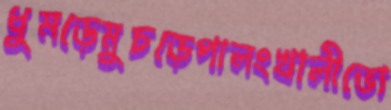
ধুমড়েমুচড়েপালংখালীভো